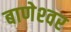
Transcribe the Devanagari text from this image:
बाणेश्‍वर